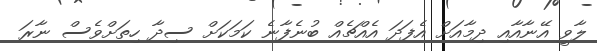
ލާވީ އޭނާއާއި ދިމާއަށް އެފަދަ އެއްޗެއް ބުނެފާނެ ކަމަކަށް ސިދާ ހިތަށްވެސް ނާރަ